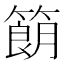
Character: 𬕨